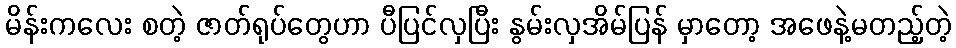
မိန်းကလေး စတဲ့ ဇာတ်ရုပ်တွေဟာ ပီပြင်လှပြီး နွမ်းလှအိမ်ပြန် မှာတော့ အဖေနဲ့မတည့်တဲ့